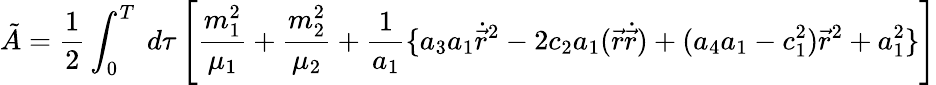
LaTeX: \tilde{A}=\frac{1}{2}\int_{0}^{T}~d\tau\left[\frac{m_{1}^{2}}{\mu_{1}}+\frac{m_{2}^{2}}{\mu_{2}}+\frac{1}{a_{1}}\{ a_{3}a_{1}\dot{\vec{r}}^{2}-2c_{2}a_{1}(\vec{r}\dot{\vec{r}})+(a_{4}a_{1}-c_{1}^{2})\vec{r}^{2}+a_{1}^{2}\} \right]